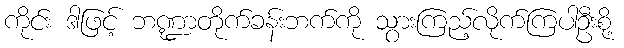
ကိုင်း ဒါဖြင့် ဘဏ္ဍာတိုက်ခန်းဘက်ကို သွားကြည့်လိုက်ကြပါဦးစို့